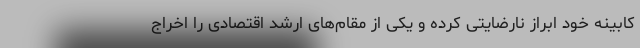
کابینه خود ابراز نارضایتی کرده و یکی از مقام‌های ارشد اقتصادی را اخراج